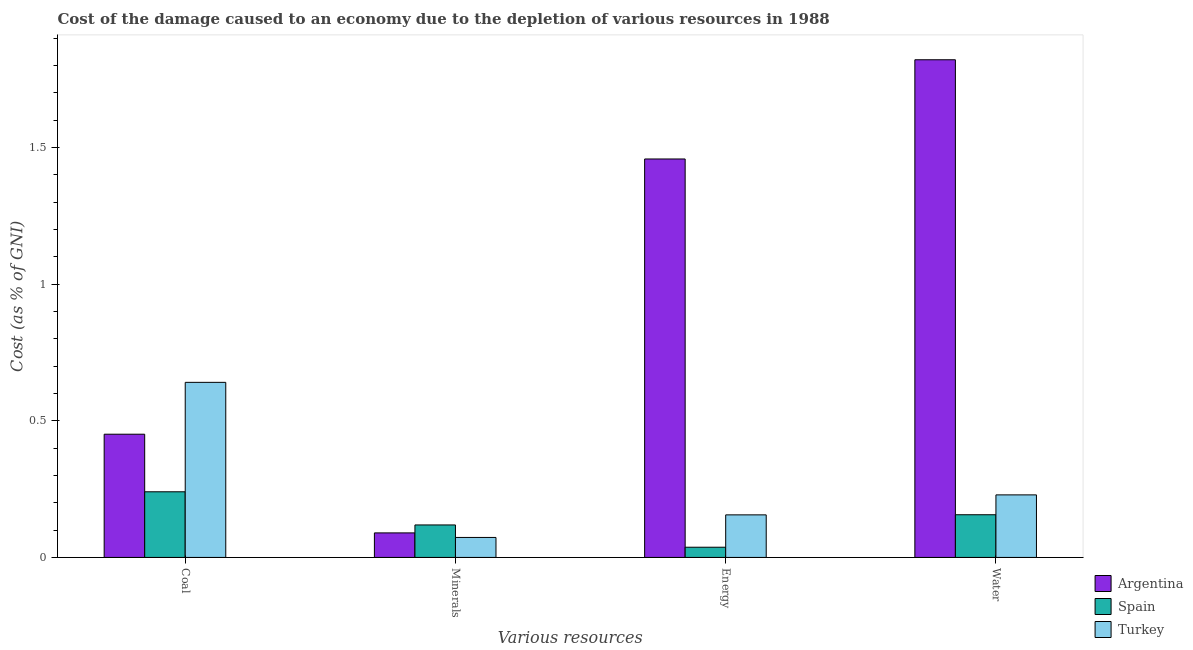
| Various resources | Argentina | Spain | Turkey |
 | --- | --- | --- | --- |
 | Coal | 0.451 | 0.24 | 0.641 |
 | Minerals | 0.0898 | 0.119 | 0.0731 |
 | Energy | 1.46 | 0.0373 | 0.156 |
 | Water | 1.82 | 0.156 | 0.229 |